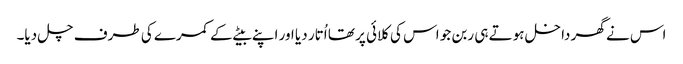
اس نے گھر داخل ہوتے ہی ربن جو اس کی کلائی پر تھا اُتار دیا اور اپنے بیٹے کے کمرے کی طرف چل دیا۔